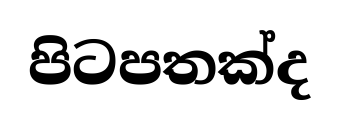
පිටපතක්ද